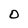
Character: O